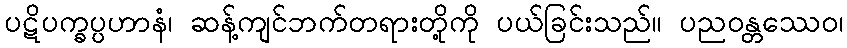
ပဋိပက္ခပ္ပဟာနံ၊ ဆန့်ကျင်ဘက်တရားတို့ကို ပယ်ခြင်းသည်။ ပညဝန္တဿေဝ၊